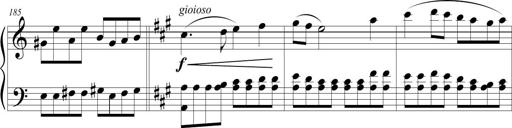
Title: Sonatina (Piano Sonata No.9)
Composer: Richard St. Clair